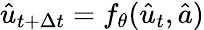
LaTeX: \hat{u}_{t+\Delta t}=f_{\theta}(\hat{u}_{t},\hat{a})